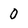
Character: 0